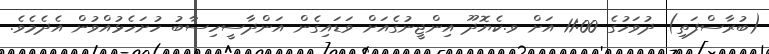
(ބުރާސްފަތި) ދުވަހުގެ 11:00 އަށް ވ.ކެޔޮދޫ އިންޖީނުގެއަށް ވަޑައިގެން އަންދާސީހިސާބު ހުށަހެޅުއްވުން އެދެމެވެ.